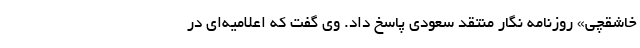
خاشقچی» روزنامه نگار منتقد سعودی پاسخ داد. وی گفت که اعلامیه‌ای در